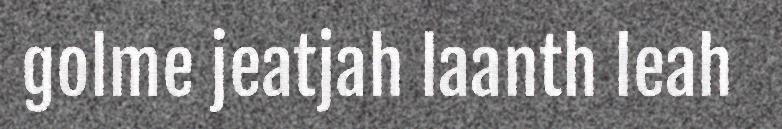
golme jeatjah laanth leah